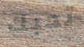
تحبك